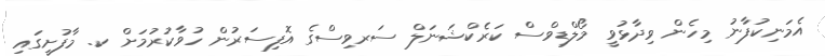
އެމަނިކުފާނު މިހެން ވިދާޅުވީ މޯލްޑިވްސް ކަރެކްޝަނަލް ސަރވިސްގެ އޮފިސަރުން ހުވާކުރުމަށް ކ. މާފުށީގައި